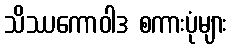
သိဿကောဝါဒ စကားပုံများ